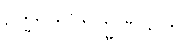
ဥဏ္ဏာဘဗြာဟ္မဏသုတ်။